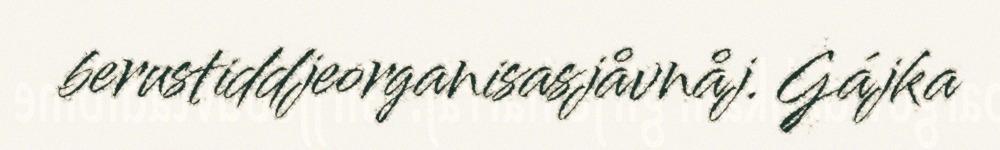
berustiddjeorganisasjåvnåj. Gájka